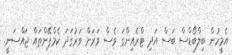
އެމީހުން ބިލްބޯޑްސް ބަސް އަދި ޓްރެއިންގަ ވެސް ވަރަށް ވަރުގަދަ ކެމްޕޭންތައް ޖައްސަނީ.